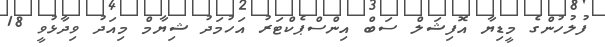
ފުލުހުންގެ މީޑިޔާ އޮފިޝަލް ސަބް އިންސްޕެކްޓަރު އަހުމަދު ޝިޔާމް މިއަދު ވިދާޅުވީ 18